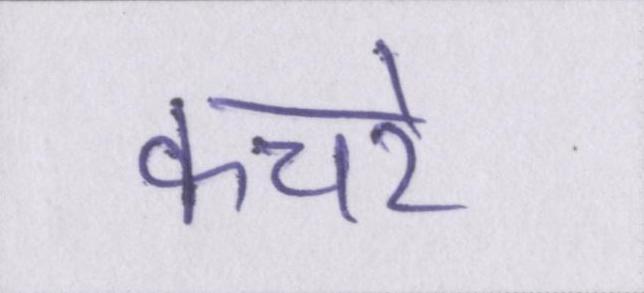
कचरे